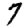
Digit: 7